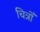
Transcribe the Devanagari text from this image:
चित्रोँ